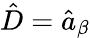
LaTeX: \hat{D}=\hat{a}_{\beta}